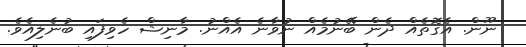
ނޫން. އެގޮތެއް ދެން ބޭނުމެއް ނުވާނެ އެއްނު. މާނިޝް ހެވިފައި ބުނެލިއެވެ.